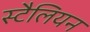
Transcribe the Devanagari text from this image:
स्टैलियन